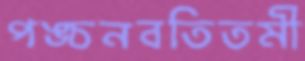
পঙ্চনবতিতমী